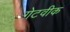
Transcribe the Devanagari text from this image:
गेटवीक